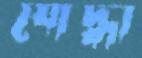
যোদ্ধা